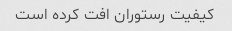
کیفیت رستوران افت کرده است